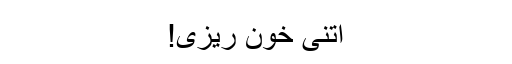
اتنی خون ریزی!